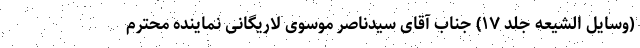
(وسایل الشیعه جلد ۱۷) جناب آقای سیدناصر موسوی لاریگانی نماینده محترم